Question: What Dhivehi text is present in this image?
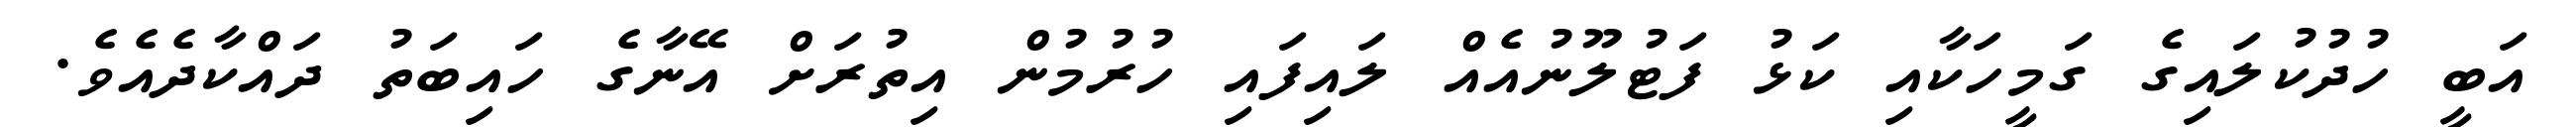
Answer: އަބީ ހުދުކުލައިގެ ގަމީހަކާއި ކަޅު ފަޓުލޫނުއެއް ލައިފައި ހުރުމުން އިތުރަށް އޭނާގެ ހައިބަތު ދައްކާދެއެވެ.